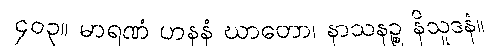
၄၀၃။ မာရဏံ ဟနနံ ဃာတော၊ နာသနဉ္စ နိသူဒနံ။